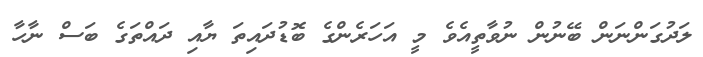
ލަދުގަންނަން ބޭނުން ނުވާތީއެވެ މީ އަހަރެންގެ ބޮޑުދައިތަ ޔާއި ދައްތަގެ ބަސް ނާހާ